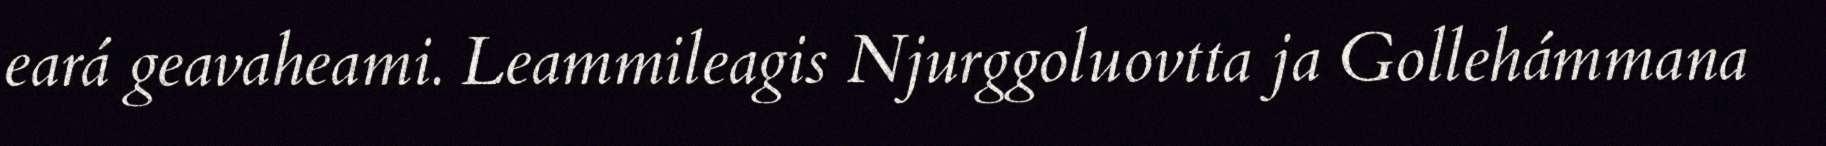
eará geavaheami. Leammileagis Njurggoluovtta ja Gollehámmana